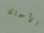
الأسماك